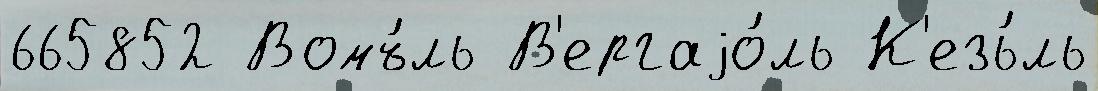
665852 Вомъ́ль В'ергаjо́ль К'езь́ль